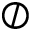
\oslash